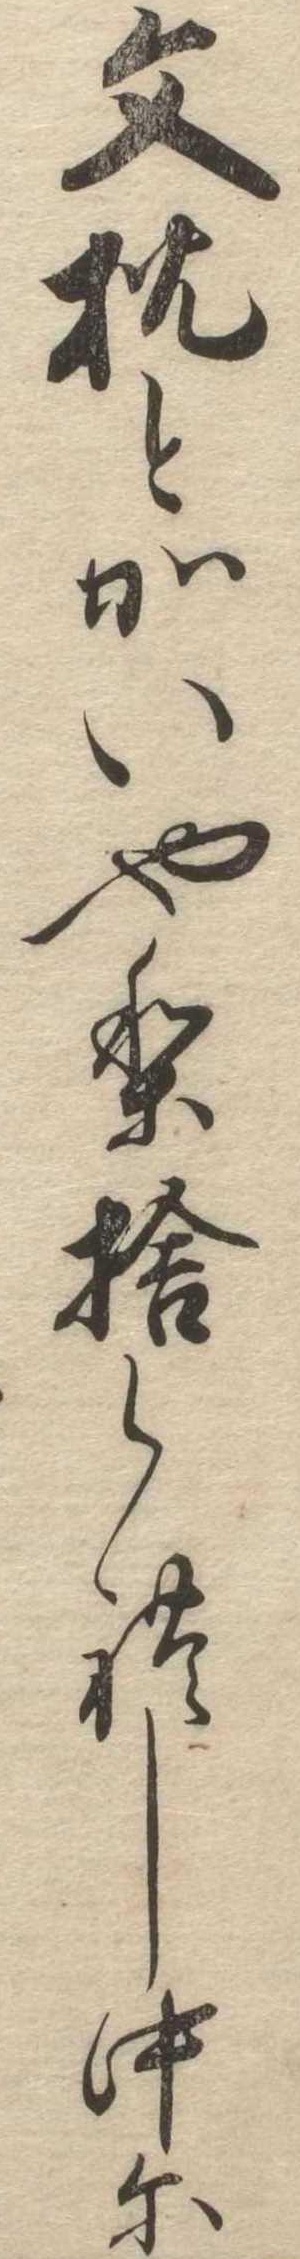
文枕とかいやり捨られし中に